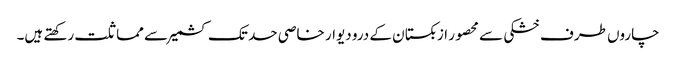
چاروں طرف خشکی سے محصور ازبکستان کے درو دیوار خاصی حد تک کشمیر سے مماثلت رکھتے ہیں۔